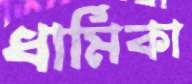
ধার্মিকা